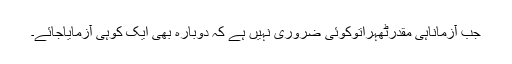
جب آزماناہی مقدرٹھہراتوکوئی ضروری نہیں ہے کہ دوبارہ بھی ایک کوہی آزمایاجائے۔